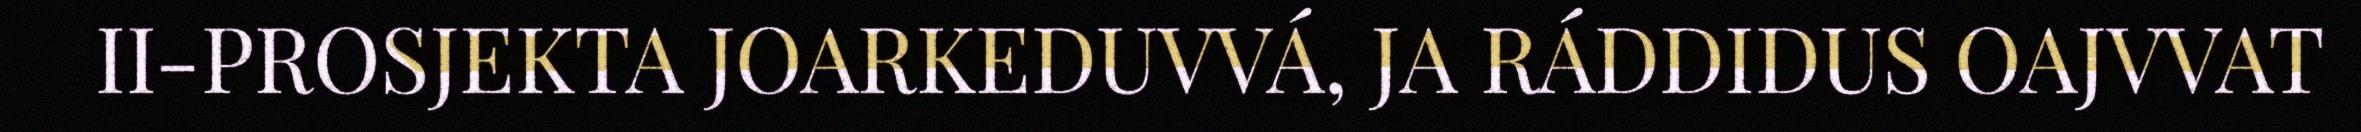
II-PROSJEKTA JOARKEDUVVÁ, JA RÁDDIDUS OAJVVAT